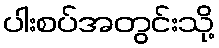
ပါးစပ်အတွင်းသို့